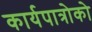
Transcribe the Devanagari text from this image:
कार्यपात्रोको